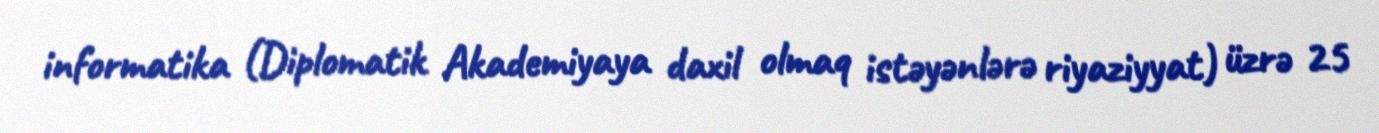
informatika (Diplomatik Akademiyaya daxil olmaq istəyənlərə riyaziyyat) üzrə 25